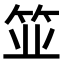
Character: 𫁺